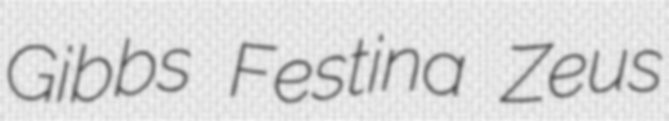
Gibbs Festina Zeus